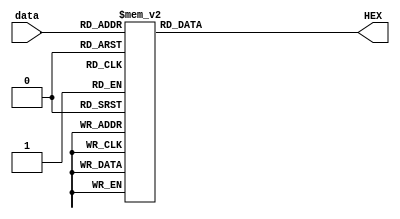
module hex (data, HEX);
	input [3:0] data;
	output reg [6:0] HEX;
	
	always@(*)
		case (data)
		4'h0: HEX = 7'b1000000;
		4'h1: HEX = 7'b1111001;
		4'h2: HEX = 7'b0100100;
		4'h3: HEX = 7'b0110000;
		4'h4: HEX = 7'b0011001;
		4'h5: HEX = 7'b0010010;
		4'h6: HEX = 7'b0000010;
		4'h7: HEX = 7'b1111000;
		4'h8: HEX = 7'b0000000;
		4'h9: HEX = 7'b0010000;
		4'hA: HEX = 7'b0001000; //a
		4'hB: HEX = 7'b0000011; //b
		4'hC: HEX = 7'b0100111; //c
		4'hD: HEX = 7'b0100001; //d
		4'hE: HEX = 7'b0000110; //e
		4'hF: HEX = 7'b0001110; //f
		default: HEX = 7'b1111111;
	endcase
endmodule